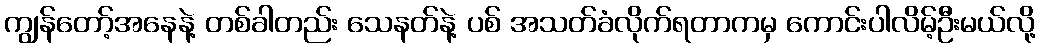
ကျွန်တော့်အနေနဲ့ တစ်ခါတည်း သေနတ်နဲ့ ပစ် အသတ်ခံလိုက်ရတာကမှ ကောင်းပါလိမ့်ဦးမယ်လို့